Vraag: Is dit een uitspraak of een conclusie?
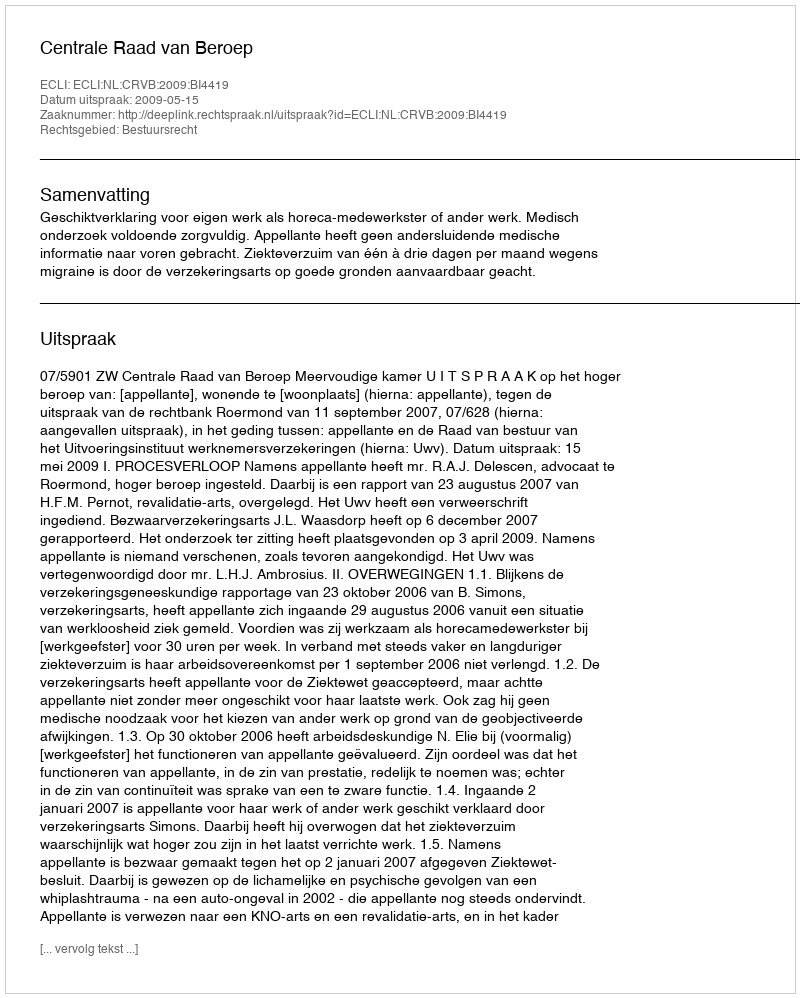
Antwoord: Uitspraak